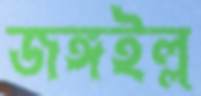
জঙ্গইল্ল